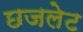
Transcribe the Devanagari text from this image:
छजलेट